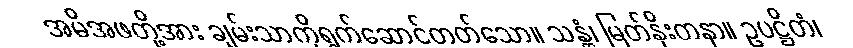
အမိအဖတို့အား ချမ်းသာကိုရွက်ဆောင်တတ်သော။ သန္တံ၊ မြတ်နိုးတနာ။ ဥပဋ္ဌိတံ၊